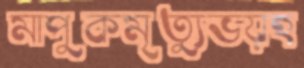
মাপুকমৃত্যুভয়হ